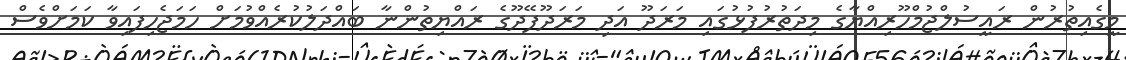
މީގެއިތުރުން ރައީސުލްޖުމްހޫރިއްޔާގެ މިދަތުރުފުޅުގައި މަރަދޫ އަދި މަރަދޫފޭދޫގެ ރައްޔިތުންނާ ބައްދަލުކުރެއްވުމަށް ހަމަޖެހިފައިވާ ކަމަށްވެސް